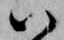
ハ